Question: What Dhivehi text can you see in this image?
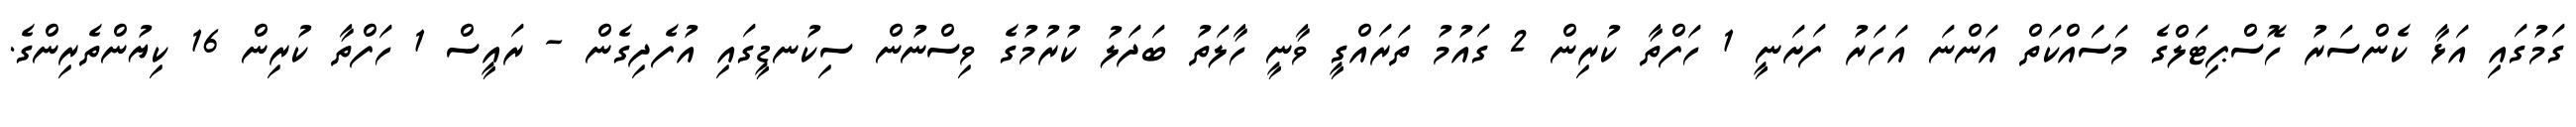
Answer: ގަމުގައި އަޅާ ކެންސަރު ހޮސްޕިޓަލްގެ މަސަައްކަތް އަންނަ އަހަރު ފަށަނީ 1 ހަފްތާ ކުރިން 2 ގައުމު ތަރައްގީ ވާނީ ހާލަތު ބަދަލު ކުރުމުގެ ވިސްނުން ސިކުނޑީގައި އުފެދިގެން - ރައީސް 1 ހަފްތާ ކުރިން 16 ކިޔުންތެރިންގެ.